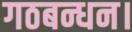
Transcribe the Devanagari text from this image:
गठबन्धन।